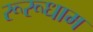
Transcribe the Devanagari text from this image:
रूरूधाम